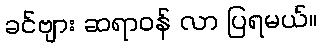
ခင်ဗျား ဆရာဝန် လာ ပြရမယ်။